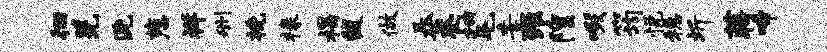
徊羌洗慈祥删挽椽揭馥做桑奎抽毛委雍隍啜筠悦稳圻蒋啼